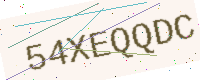
Text: 54XEQQDC